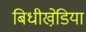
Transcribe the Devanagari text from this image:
बिधीखेडि़या